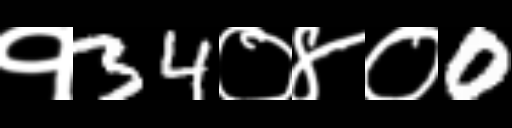
Text: १34०४०0